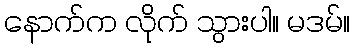
နောက်က လိုက် သွားပါ။ မဒမ်။